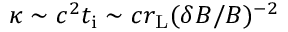
\kappa \sim c ^ { 2 } t _ { \mathrm { i } } \sim c r _ { \mathrm { L } } ( \delta B / B ) ^ { - 2 }